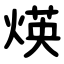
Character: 煐